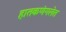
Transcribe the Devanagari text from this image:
हातकणंगलेत